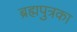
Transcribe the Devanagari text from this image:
ब्रह्मपुत्रका